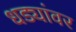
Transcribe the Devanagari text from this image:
धड्यांवर